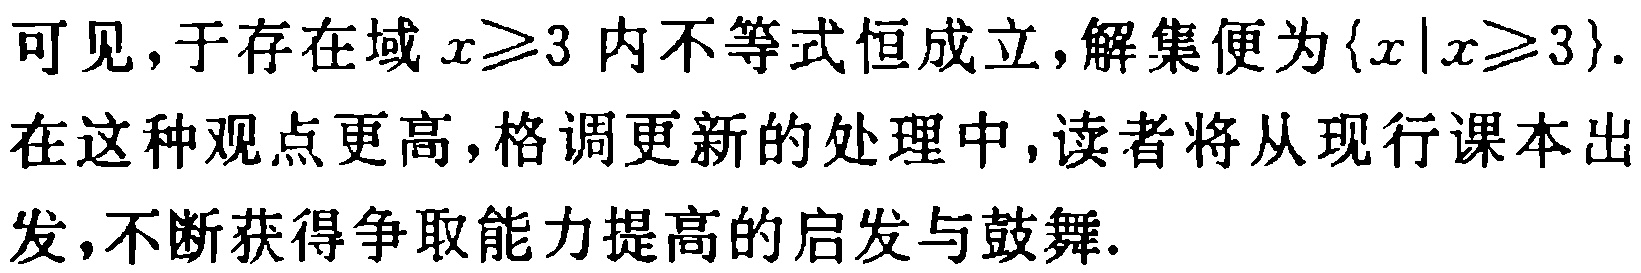
可见，于存在域 \(x\geqslant3\) 内不等式恒成立，解集便为\(\{x|x\geqslant3\}\).

在这种观点更高，格调更新的处理中，读者将从现行课本出发，不断获得争取能力提高的启发与鼓舞.